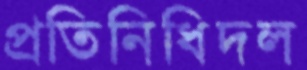
প্রতিনিধিদল